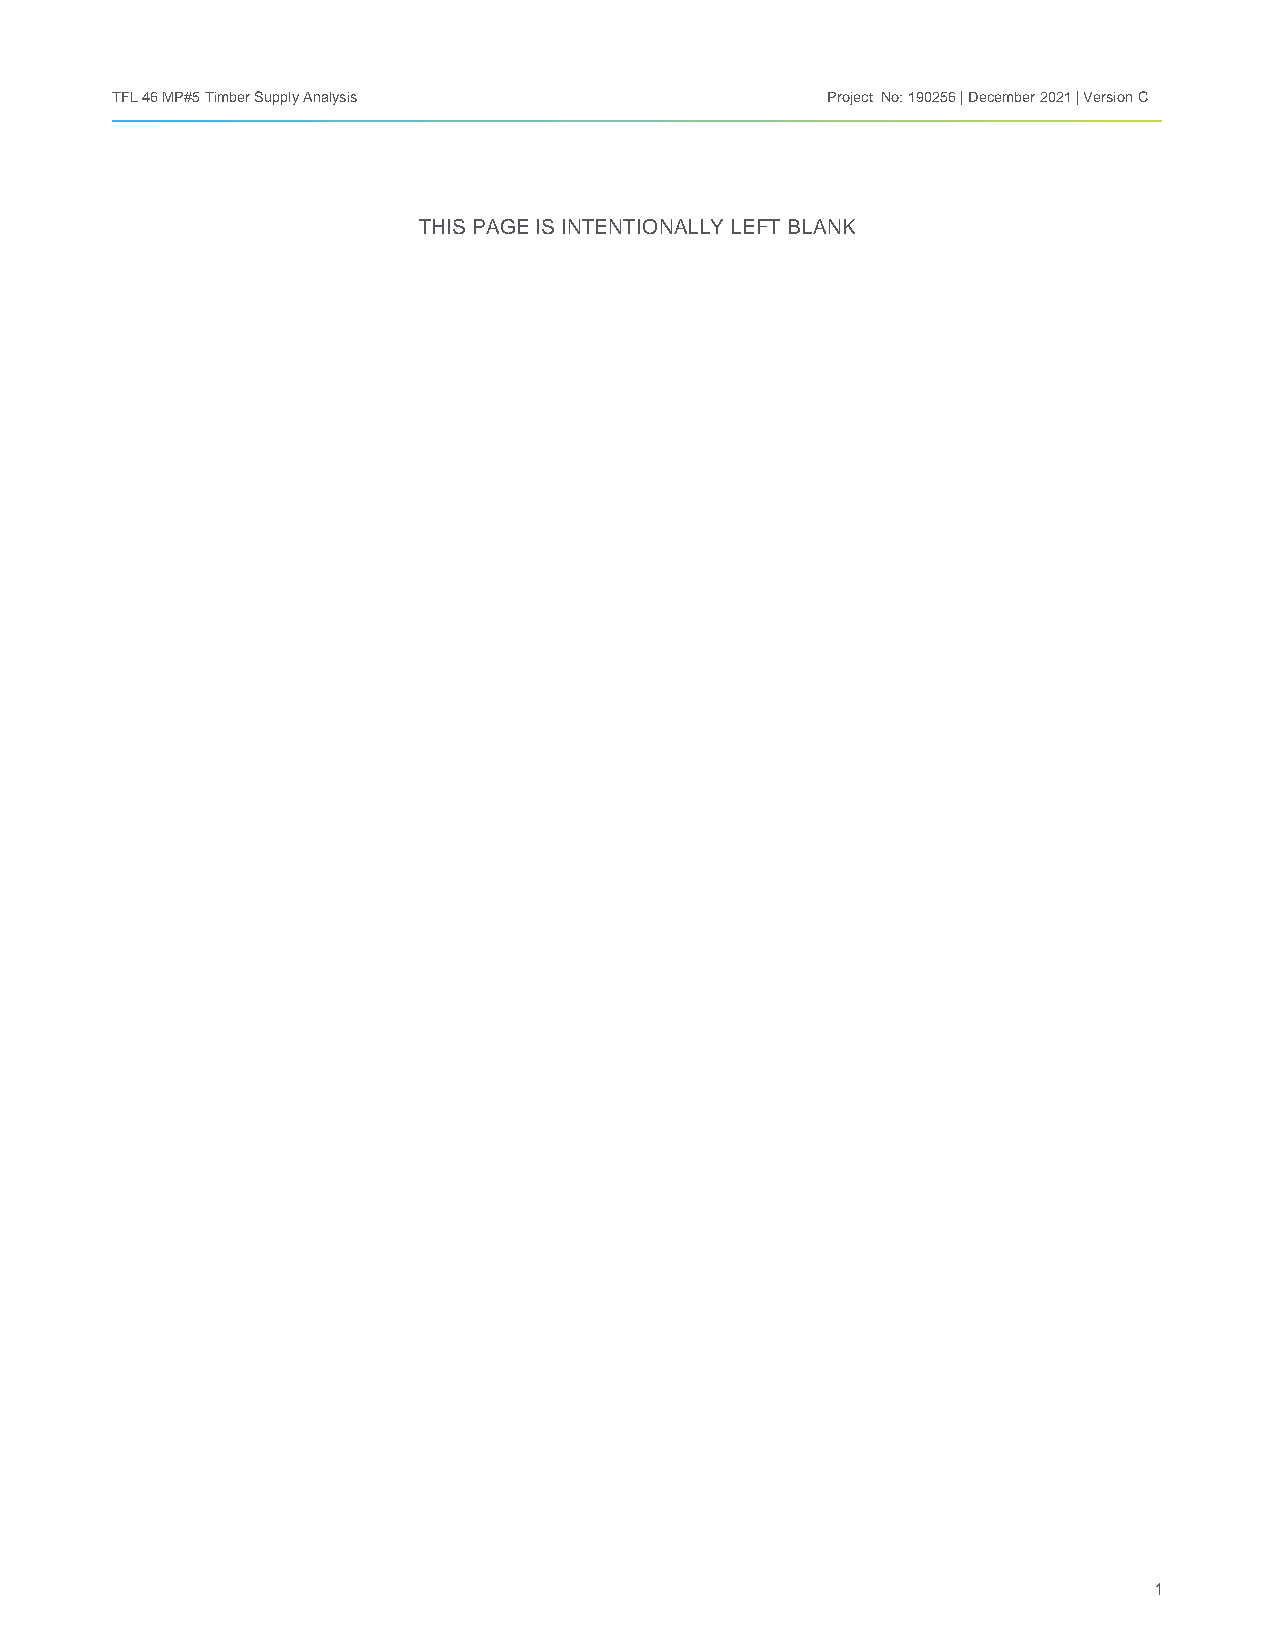
TFL 46 MP#5 Timber Supply Analysis              Project No: 190256 | December 2021 | Version C
 THIS PAGE IS INTENTIONALLY LEFT BLANK
 1